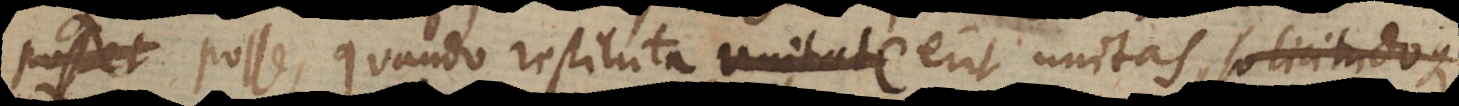
posse, quando restituta unitate erit unitas, solicitudoque